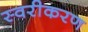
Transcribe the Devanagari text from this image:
स्वरीकरण